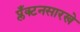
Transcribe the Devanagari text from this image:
प्लँक्टनसारखे